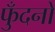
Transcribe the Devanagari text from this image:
फुँदनों